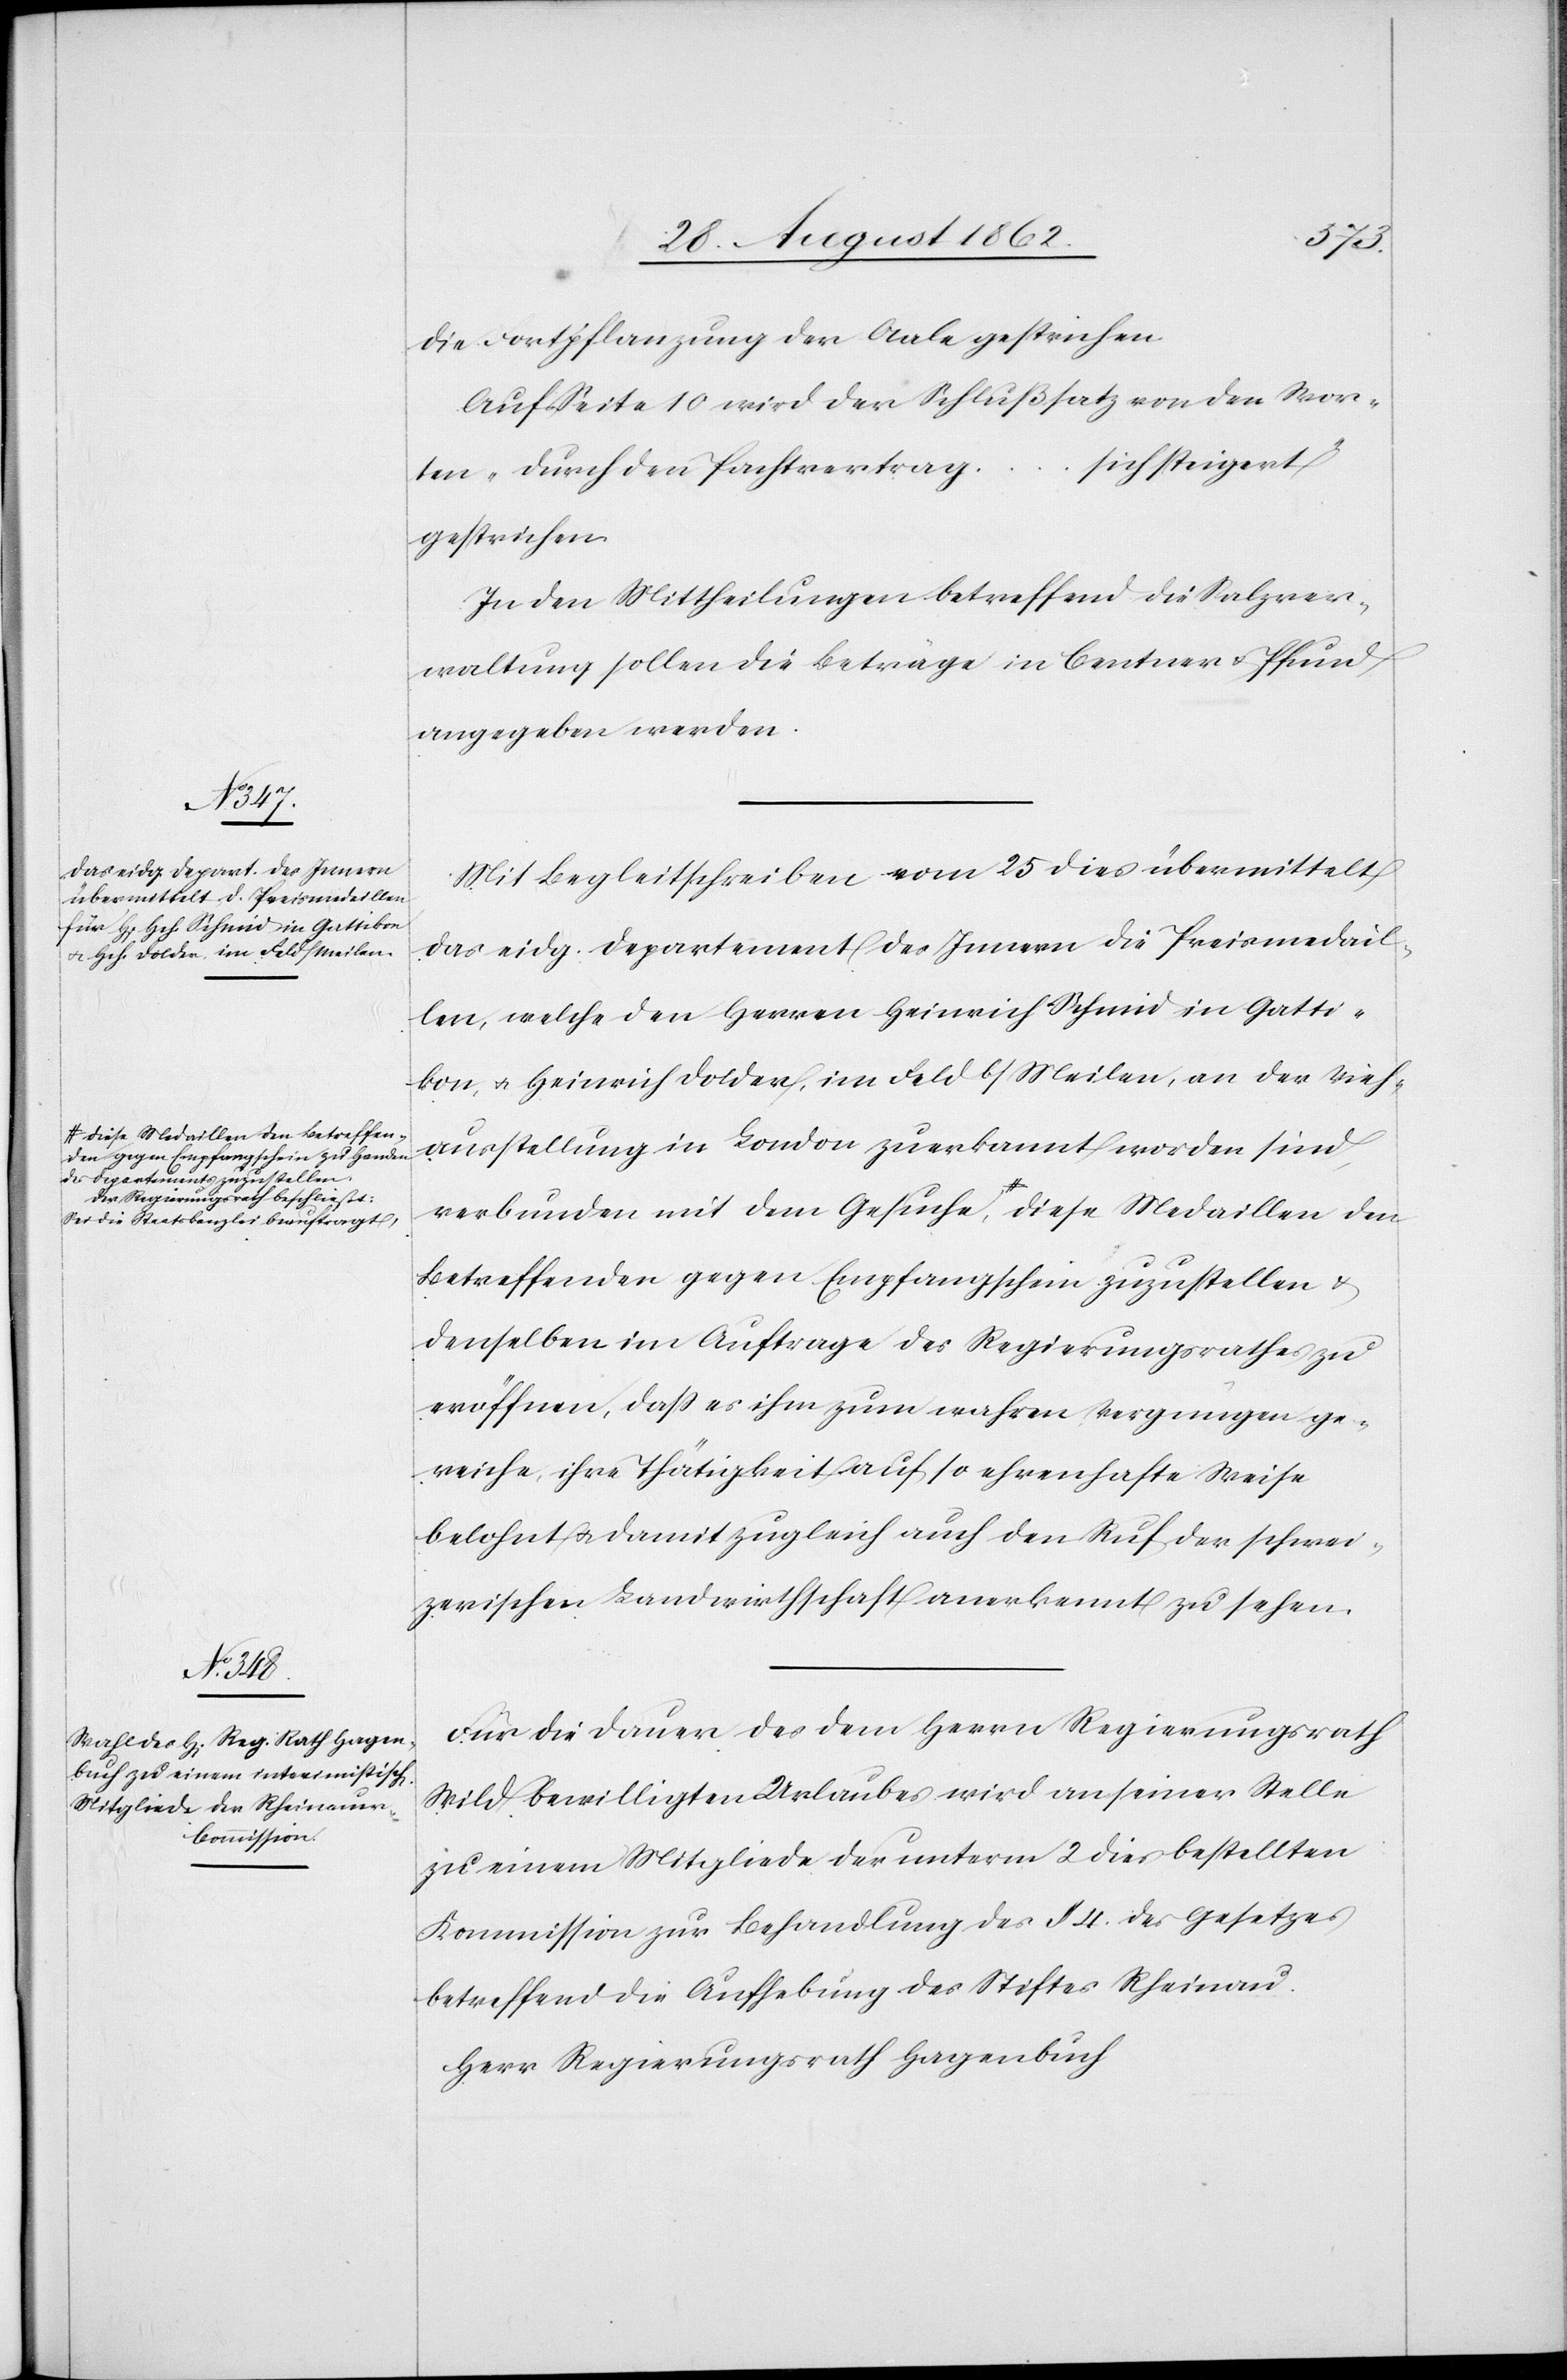
den gegen Empfangschein zu Handen
des Departements zuzustellen.
Der Regierungsrath beschließt:
Sei die Staatskanzlei beauftragt,-a

den
die Fortpflanzung der Aale gestrichen.
Auf Seite 10 wir der Schlußsatz von den Wor¬
sich steigert“
ten „durch den Pachtvertrag
gestrichen.
In den Mittheilungen betreffend die Salzver¬
waltung sollen die Beträge in Centner u. Pfund
angegeben werden.
Mit Begleitschreiben vom 25 dies übermittelt
das eidg. Departement des Innern die Preismedail¬
len, welche den Herren Heinrich Schmid in Gatti¬
kon, u. Heinrich Dolder, im Feld b/Meilen, an der Vieh¬
ausstellung in London zuerkannt worden sind,
verbunden mit dem Gesuche, a-diese Medaillen den
Betreffenden gegen Empfangschein zuzustellen u.
denselben im Auftrage des Regierungsrathes zu
eröffnen, daß es ihm zum wahren Vergnügen ge¬
reiche, ihre Thätigkeit auf so ehrenhafte Weise
belohnt u. damit zugleich auch den Ruf der schwei¬
zerischen Landwirthschaft anerkennt zu sehen.
Für Dauer des dem Herrn Regierungsrath
Wild bewilligten Urlaubes wird an seiner Stelle
zu einem Mitglied der unterm 2. dies bestellten
Kommission zur Behandlung des §. 4 des Gesetzes
betreffend die Aufhebung des Stiftes Rheinau
Herr Regierungsrath Hagenbuch